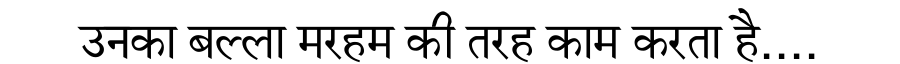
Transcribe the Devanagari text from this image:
उनका बल्ला मरहम की तरह काम करता है....